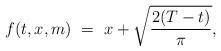
LaTeX: \begin{align*}f(t,x,m) \ = \ x + \sqrt{\frac{2(T-t)}{\pi}},\end{align*}